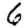
Digit: 6